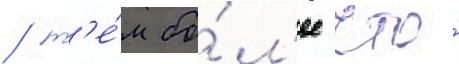
/ т'е́м бо́л'ее что́